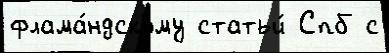
флама́ндскому статьи́ Спб с